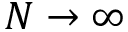
N \to \infty